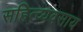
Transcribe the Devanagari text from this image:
सहित्व्यवसाय